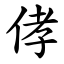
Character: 侾